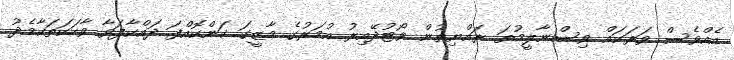
އެއްވެސް ވަރަކައް ވިސްނާލީމުތަ ރައްޔިތުން ވޯޓުދޭއިރު އުމަރުގެ މާޒީގަ ކަންކޮއްފަ ދައްކާފަވާ ވާހަކަތަކާމެދު